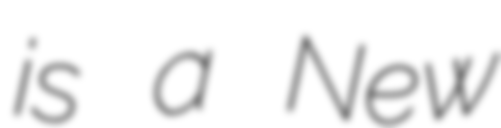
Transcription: is a New